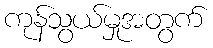
ကုန်သွယ်မှုအတွက်